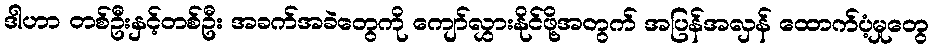
ဒါဟာ တစ်ဦးနှင့်တစ်ဦး အခက်အခဲတွေကို ကျော်လွှားနိုင်ဖို့အတွက် အပြန်အလှန် ထောက်ပံ့မှုတွေ